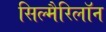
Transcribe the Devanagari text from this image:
सिल्मैरिलॉन